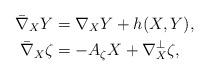
LaTeX: \begin{align*} \bar{\nabla }_{X} Y&=\nabla _{X} Y+h(X,Y), \\\bar{\nabla }_{X} \zeta &=-A_{\zeta} X+\nabla _{X}^{\bot }\zeta,\end{align*}